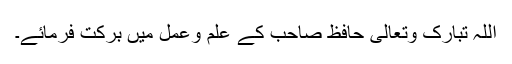
اللہ تبارک وتعالیٰ حافظ صاحب کے علم وعمل میں برکت فرمائے۔